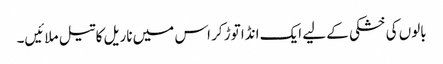
بالوں کی خشکی کے لیے ایک انڈا توڑ کر اس میں ناریل کا تیل ملائیں۔